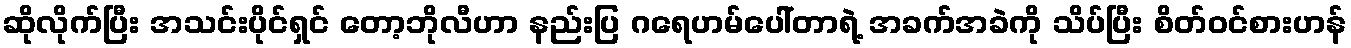
ဆိုလိုက်ပြီး အသင်းပိုင်ရှင် တော့ဘိုလီဟာ နည်းပြ ဂရေဟမ်ပေါ်တာရဲ့ အခက်အခဲကို သိပ်ပြီး စိတ်၀င်စားဟန်